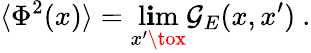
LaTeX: \langle\Phi^{2}(x)\rangle=\operatorname*{l\mathbf{i}m}_{x^{\prime}\tox}\mathcal{G}_{E}(x,x^{\prime})\ .